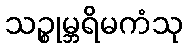
သဉ္စုမ္ဘရိမကံသု